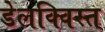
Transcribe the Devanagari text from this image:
डेलक्विस्त